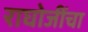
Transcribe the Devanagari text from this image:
राघोजींचा